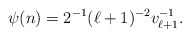
\begin{align*}\psi(n)=2^{-1}(\ell+1)^{-2}v_{\ell+1}^{-1}.\end{align*}